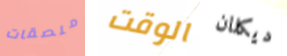
ملصقات الوقت ديكلان